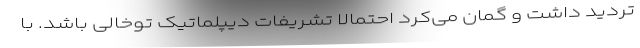
تردید داشت و گمان می‌کرد احتمالا تشریفات دیپلماتیک توخالی باشد. با